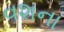
વશના